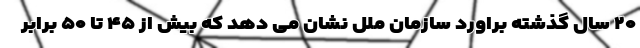
۲۰ سال گذشته براورد سازمان ملل نشان می دهد که بیش از ۴۵ تا ۵۰ برابر